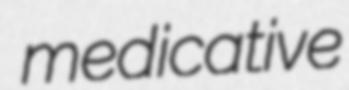
medicative